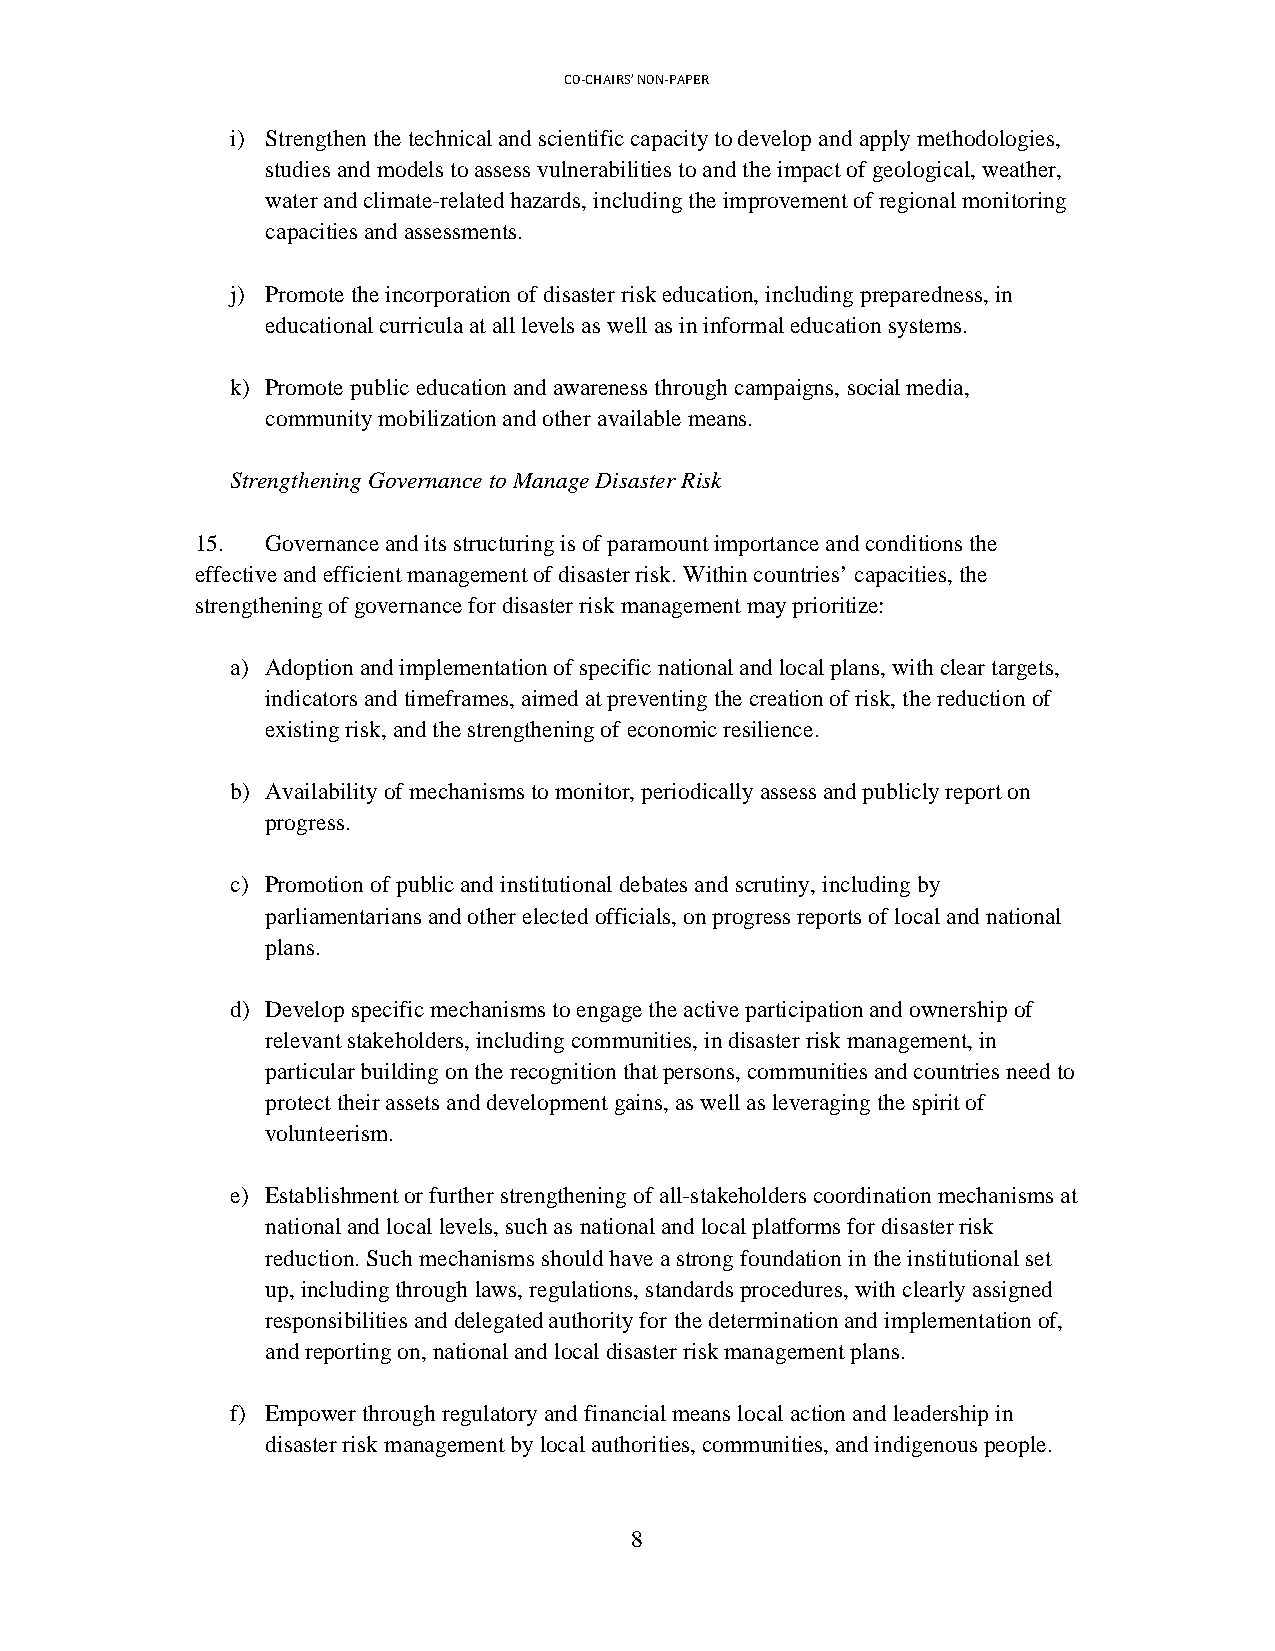
CO-CHAIRS’ NON-PAPER
 i) Strengthen the technical and scientific capacity to develop and apply methodologies,
 studies and models to assess vulnerabilities to and the impact of geological, weather,
 water and climate-related hazards, including the improvement of regional monitoring
 capacities and assessments.
 j) Promote the incorporation of disaster risk education, including preparedness, in
 educational curricula at all levels as well as in informal education systems.
 k) Promote public education and awareness through campaigns, social media,
 community mobilization and other available means.
 Strengthening Governance to Manage Disaster Risk
 15.  Governance and its structuring is of paramount importance and conditions the
 effective and efficient management of disaster risk. Within countries’ capacities, the
 strengthening of governance for disaster risk management may prioritize:
 a) Adoption and implementation of specific national and local plans, with clear targets,
 indicators and timeframes, aimed at preventing the creation of risk, the reduction of
 existing risk, and the strengthening of economic resilience.
 b) Availability of mechanisms to monitor, periodically assess and publicly report on
 progress.
 c) Promotion of public and institutional debates and scrutiny, including by
 parliamentarians and other elected officials, on progress reports of local and national
 plans.
 d) Develop specific mechanisms to engage the active participation and ownership of
 relevant stakeholders, including communities, in disaster risk management, in
 particular building on the recognition that persons, communities and countries need to
 protect their assets and development gains, as well as leveraging the spirit of
 volunteerism.
 e) Establishment or further strengthening of all-stakeholders coordination mechanisms at
 national and local levels, such as national and local platforms for disaster risk
 reduction. Such mechanisms should have a strong foundation in the institutional set
 up, including through laws, regulations, standards procedures, with clearly assigned
 responsibilities and delegated authority for the determination and implementation of,
 and reporting on, national and local disaster risk management plans.
 f) Empower through regulatory and financial means local action and leadership in
 disaster risk management by local authorities, communities, and indigenous people.
 8